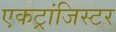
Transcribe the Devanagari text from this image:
एकट्रांजिस्टर